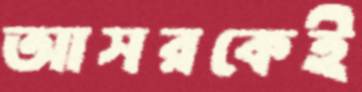
আসরকেই